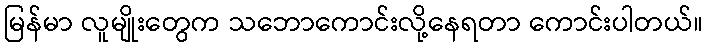
မြန်မာ လူမျိုးတွေက သဘောကောင်းလို့နေရတာ ကောင်းပါတယ်။